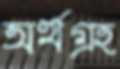
অর্থগ্রহ